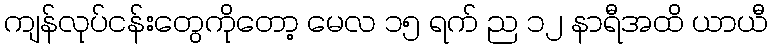
ကျန်လုပ်ငန်းတွေကိုတော့ မေလ ၁၅ ရက် ည ၁၂ နာရီအထိ ယာယီ